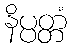
နိပ္ပတ္တံ